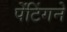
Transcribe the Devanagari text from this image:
पेंटिंगने